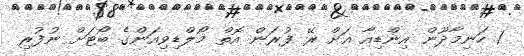
1 ހަނިމާދޫން އިންޑިއާ އަށް ރޭ ފުރަން އޮތް މޯލްޑިވިއަންގެ ބޯޓަށް ނުފުރި